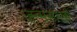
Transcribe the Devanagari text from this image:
जन्मसाखी